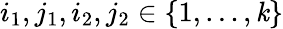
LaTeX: i_{1},j_{1},i_{2},j_{2}\in\{ 1,\ldots,\mathit{k}\}